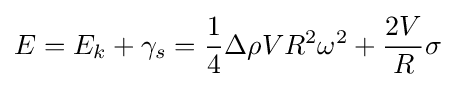
E=E_{k}+\gamma _{s}={\frac {1}{4}}\Delta \rho VR^{2}\omega ^{2}+{\frac {2V}{R}}\sigma